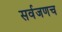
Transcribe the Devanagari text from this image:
सर्वजणच